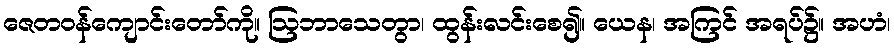
ဇေတဝန်ကျောင်းတော်ကို။ ဩဘာသေတွာ၊ ထွန်းလင်းစေ၍။ ယေန၊ အကြင် အရပ်၌။ အဟံ၊